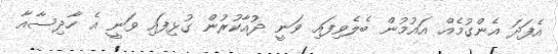
އެފަދަ އެންގުމެއް އައުމުން ބެލެވިފައި ވަނީ ދުއާކުރުން ގުޅިފައި ވަނީ އެ ހާދިސާއާ